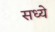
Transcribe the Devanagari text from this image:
सध्ये